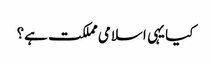
کیا یہی اسلامی مملکت ہے؟